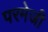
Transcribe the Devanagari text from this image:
परमेजी